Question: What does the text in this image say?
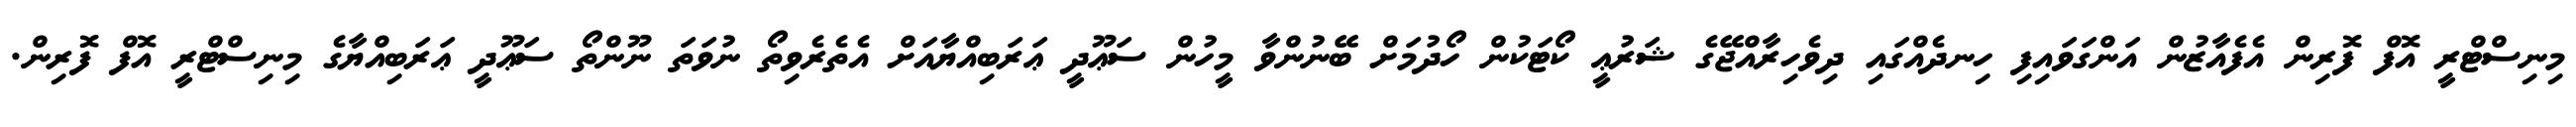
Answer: މިނިސްޓްރީ އޮފް ފޮރިން އެފެއާޒުން އަންގަވައިފި ހިނދެއްގައި ދިވެހިރާއްޖޭގެ ޝަރުޢީ ކޯޓަކުން ހޯދުމަށް ބޭނުންވާ މީހުން ސަޢޫދީ ޢަރަބިއްޔާއަށް އެތެރެވިތޯ ނުވަތަ ނޫންތޯ ސަޢޫދީ ޢަރަބިއްޔާގެ މިނިސްޓްރީ އޮފް ފޮރިން.